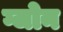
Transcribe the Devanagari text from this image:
ग्जोन